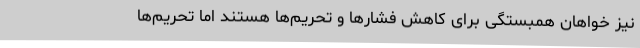
نیز خواهان همبستگی برای کاهش فشارها و تحریم‌ها هستند اما تحریم‌ها